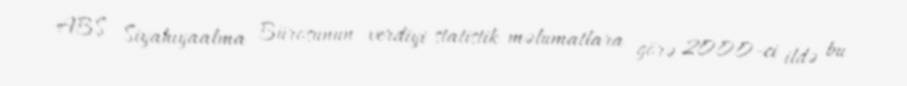
ABŞ Siyahıyaalma Bürosunun verdiyi statistik məlumatlara görə 2000-ci ildə bu